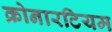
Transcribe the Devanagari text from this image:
क्रोनारटियम